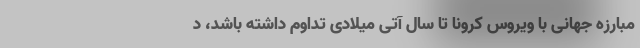
مبارزه جهانی با ویروس کرونا تا سال آتی میلادی تداوم داشته باشد، د